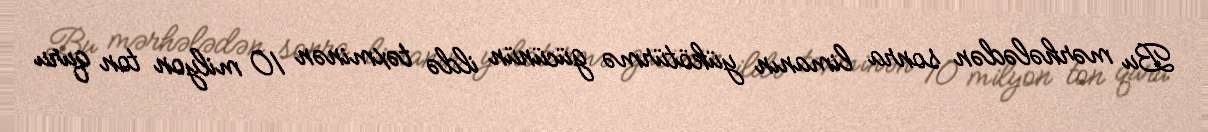
Bu mərhələdən sonra limanın yükötürmə gücünün ildə təxminən 10 milyon ton quru